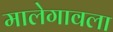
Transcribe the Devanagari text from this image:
मालेगावला